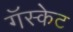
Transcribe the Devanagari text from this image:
गॅस्केट